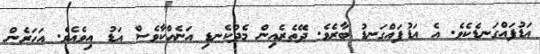
އަޑުފައްގަނޑެކެވެ. އެ އަޑުފައްގަނޑު ބާރެވެ. ދޭތެރެއިން މެދުކެނޑި އަނެއްކާވެސް އަޑު އިވެއެވެ. އަހަރެން